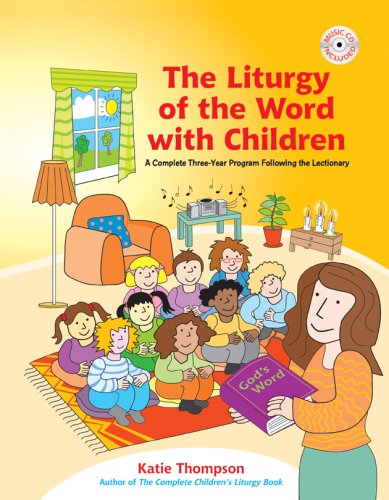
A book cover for The Liturgy of the Word with Children: A Complete Three-Year Program Following the Lectionary; Katie Thompson; Christian Books & Bibles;